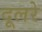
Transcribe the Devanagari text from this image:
दूलरे